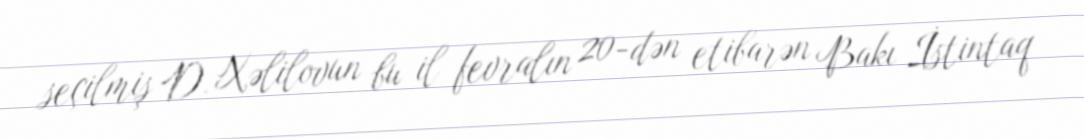
seçilmiş D. Xəlilovun bu il fevralın 20-dən etibarən Bakı İstintaq